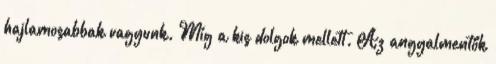
hajlamosabbak vagyunk. Míg a kis dolgok mellett. Az angyalmentők